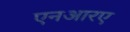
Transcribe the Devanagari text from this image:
एनआरए